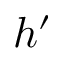
h ^ { \prime }